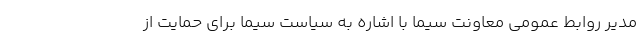
مدیر روابط عمومی معاونت سیما با اشاره به سیاست سیما برای حمایت از